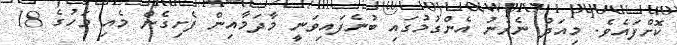
ކޮށްފައެވެ. މިއަދު ނެރުނު އެންގުމުގައި ބުނެފައިވަނީ މާދަމާއިން ފެށިގެން މެއި މަހުގެ 18